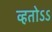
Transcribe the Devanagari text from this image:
व्हतोऽऽ